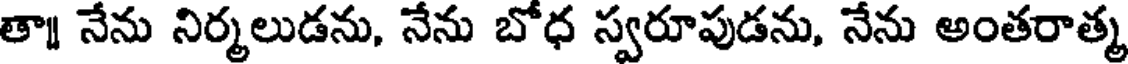
తా నేను నిర్మలుడను, నేను బోధ స్వరూపుడను, నేను అంతరాత్మ